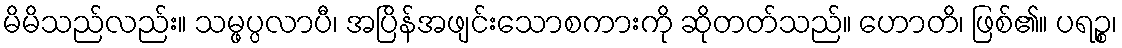
မိမိသည်လည်း။ သမ္ဖပ္ပလာပီ၊ အပြိန်အဖျင်းသောစကားကို ဆိုတတ်သည်။ ဟောတိ၊ ဖြစ်၏။ ပရဉ္စ၊